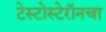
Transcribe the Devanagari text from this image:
टेस्टोस्टेरॉनचा